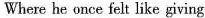
Where he once felt like giving